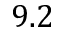
9 . 2